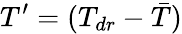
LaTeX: T^{\prime}=(T_{dr}-\bar{T})